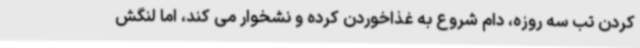
کردن تب سه روزه، دام شروع به غذاخوردن کرده و نشخوار می کند، اما لنگش